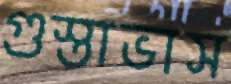
গুস্তাভাস